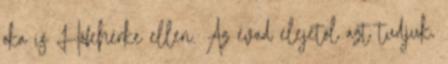
oka is Hófehérke ellen. Az évad elejétől azt tudjuk,